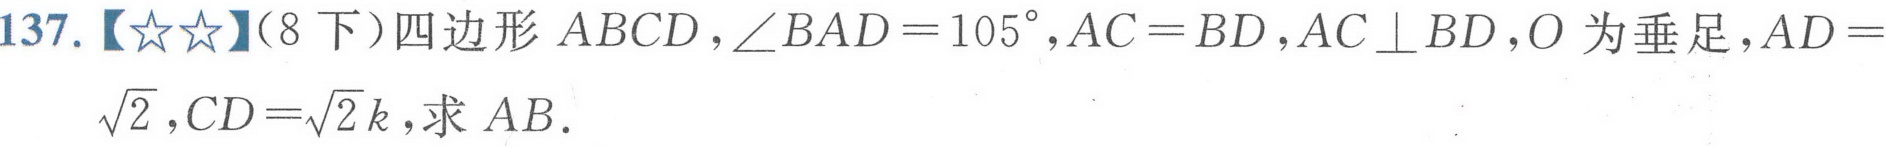
137.【★★】（8下）四边形\(ABCD\)，\(\angle BAD = 105^{\circ}\)，\(AC = BD\)，\(AC\perp BD\)，\(O\)为垂足，\(AD = \sqrt{2}\)，\(CD=\sqrt{2}k\)，求\(AB\)．